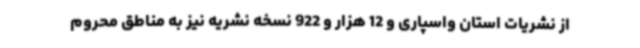
از نشریات استان واسپاری و 12 هزار و 922 نسخه نشریه نیز به مناطق محروم